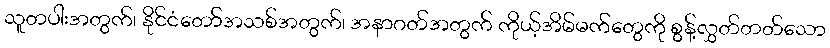
သူတပါးအတွက်၊ နိုင်ငံတော်အသစ်အတွက်၊ အနာဂတ်အတွက် ကိုယ့်အိမ်မက်တွေကို စွန့်လွှတ်တတ်သော